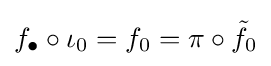
f_{\bullet }\circ \iota _{0}=f_{0}=\pi \circ {\tilde {f}}_{0}